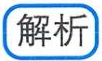
解析